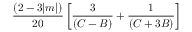
\frac { ( 2 - 3 | m | ) } { 2 0 } \left[ \frac { 3 } { ( C - B ) } + \frac { 1 } { ( C + 3 B ) } \right]